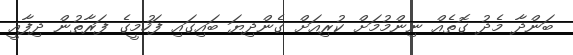
ބަންދާ މެދު ގޮތެއް ނިންމުމަށް ކުރިއަށް ގެންދިޔަ ބައިގައި ފަހުމީގެ ފަރާތުން ދިފާއީ